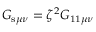
G _ { \mathrm { s } \mu \nu } = \zeta ^ { 2 } G _ { \mathrm { 1 1 } \mu \nu }